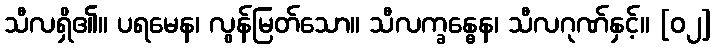
သီလရှိ၏။ ပရမေန၊ လွန်မြတ်သော။ သီလက္ခန္ဓေန၊ သီလဂုဏ်နှင့်။ [၀၂]